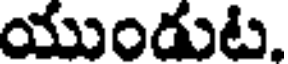
యుండుట.